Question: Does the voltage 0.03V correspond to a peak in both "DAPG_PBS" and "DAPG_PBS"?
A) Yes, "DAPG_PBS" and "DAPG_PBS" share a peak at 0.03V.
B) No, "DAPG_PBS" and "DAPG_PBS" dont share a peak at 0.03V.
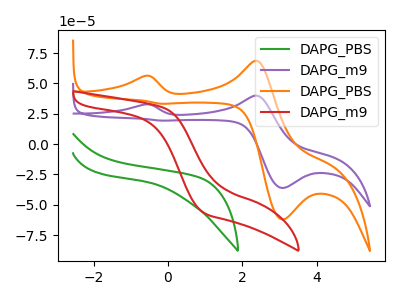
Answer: <think>The green curve "DAPG_PBS" has no peaks. The purple curve "DAPG_m9" has anodic peaks at (-0.60V, 32.70uA) (2.40V, 39.95uA) and cathodic peaks at (3.10V, -36.15uA) (-0.15V, 19.35uA). The orange curve "DAPG_PBS" has anodic peaks at (-0.60V, 56.15uA) (2.40V, 68.65uA) and cathodic peaks at (3.10V, -62.05uA) (-0.15V, 33.20uA). The red curve "DAPG_m9" has no peaks.</think>
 <answer>B) No, "DAPG_PBS" and "DAPG_PBS" dont share a peak at 0.03V.</answer>
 <eval>B</eval>